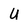
Character: U